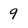
Character: 9